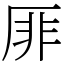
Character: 厞